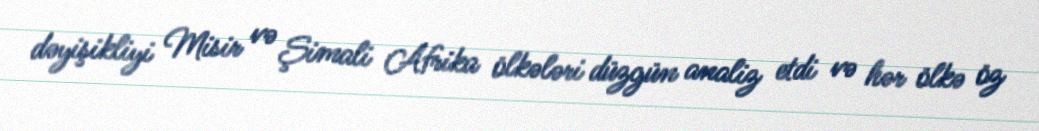
dəyişikliyi Misir və Şimali Afrika ölkələri düzgün analiz etdi və hər ölkə öz